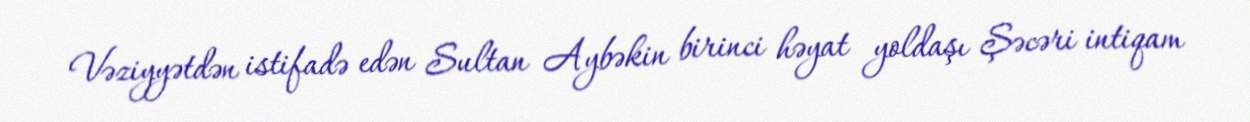
Vəziyyətdən istifadə edən Sultan Aybəkin birinci həyat yoldaşı Şəcəri intiqam